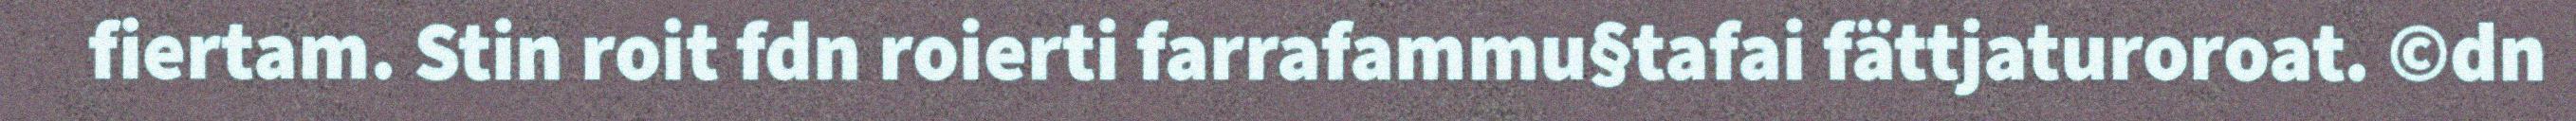
fiertam. Stin roit fdn roierti farrafammu§tafai fättjaturoroat. ©dn